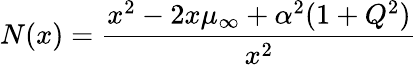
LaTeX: N(x)={\frac{x^{2}-2x\mu_{\infty}+\alpha^{2}(1+Q^{2})}{x^{2}}}